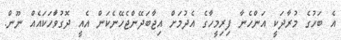
އެ ބަހުގެ މުރާދަކީ އަންހެނާ ފިރިމީހާގެ އެދުމަށް އިޖާބަދޭންޖެހޭނެކަން އެއީ ދޮގުވަާހަކައެއް ނޫން.